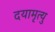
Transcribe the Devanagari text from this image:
दयामृत्यु